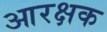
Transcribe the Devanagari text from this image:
आरक्षक